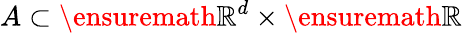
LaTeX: A\subset\ensuremath{\mathbb{R}}^{d}\times\ensuremath{\mathbb{R}}